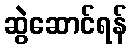
ဆွဲဆောင်ရန်